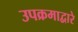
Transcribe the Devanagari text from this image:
उपक्रमाद्वारे